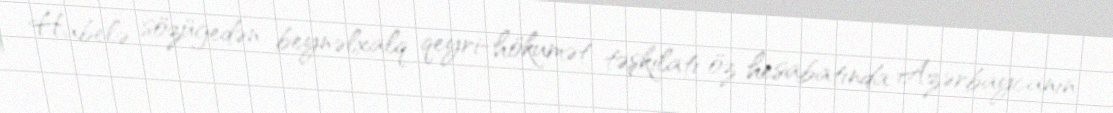
Habelə sözügedən beynəlxalq qeyri-hökumət təşkilatı öz hesabatında Azərbaycanın